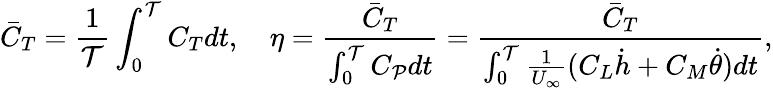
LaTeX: \bar{C}_{T}=\frac{1}{\mathcal{T}}\int_{0}^{\mathcal{T}}C_{T}dt,\quad\eta=\frac{\bar{C}_{T}}{\int_{0}^{\mathcal{T}}C_{\mathcal{P}}dt}=\frac{\bar{C}_{T}}{\int_{0}^{\mathcal{T}}\frac{1}{U_{\infty}}(C_{L}\dot{h}+C_{M}\dot{\theta})dt},